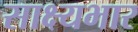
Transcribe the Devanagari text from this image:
साक्ष्यभार